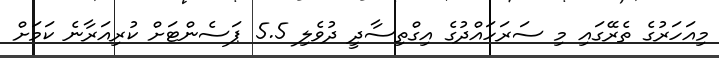
މިއަހަރުގެ ތެރޭގައި މި ސަރަހައްދުގެ އިގްތިސާދީ ދުވެލި 5.5 ޕަސެންޓަށް ކުރިއަރާނެ ކަމަށް